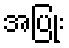
အပြုံး